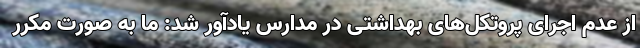
از عدم اجرای پروتکل‌های بهداشتی در مدارس یادآور شد: ما به صورت مکرر